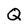
Character: Q